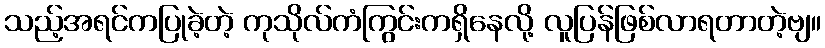
သည့်အရင်ကပြုခဲ့တဲ့ ကုသိုလ်ကံကြွင်းကရှိနေလို့ လူပြန်ဖြစ်လာရတာတဲ့ဗျ။